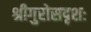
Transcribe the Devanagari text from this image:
श्रीगुरोसदृशः